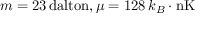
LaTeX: m = 2 3 \, { \mathrm { d a l t o n } } , \mu = 1 2 8 \, k _ { B } \cdot { \mathrm { n K } }